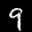
Label: 9